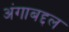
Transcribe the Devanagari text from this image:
अंगाबद्दल